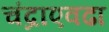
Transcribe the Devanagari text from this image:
चंद्राएवढा